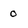
Character: o